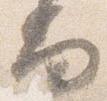
尚